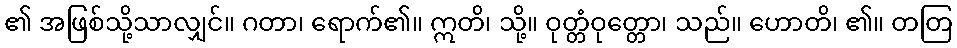
၏ အဖြစ်သို့သာလျှင်။ ဂတာ၊ ရောက်၏။ ဣတိ၊ သို့။ ဝုတ္တံဝုတ္တော၊ သည်။ ဟောတိ၊ ၏။ တတြ